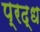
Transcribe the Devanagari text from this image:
प्रद्ध